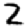
Digit: 2